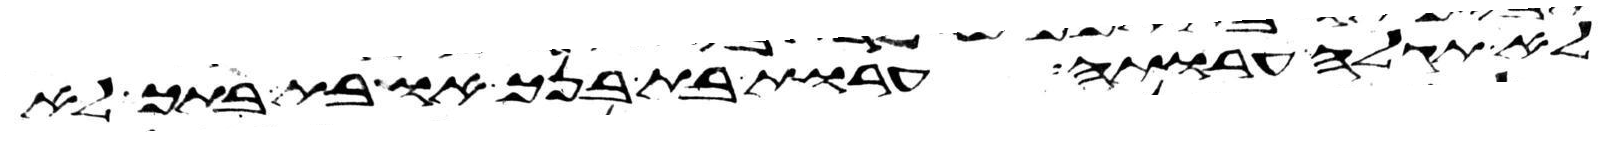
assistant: לא תגלה ערותה ערות בת בנך או בת בתך לא